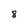
Character: 8